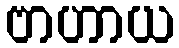
ဗာဟာယ